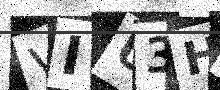
Text: VIU3HY